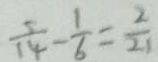
\frac { 5 } { 1 4 } - \frac { 1 } { 6 } = \frac { 2 } { 2 1 }